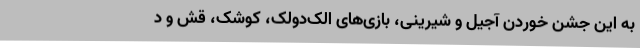
به این جشن خوردن آجیل و شیرینی، بازی‌های اَلک‌دولک، کوشک، قش و دَ